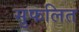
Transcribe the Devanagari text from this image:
सुफलित